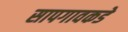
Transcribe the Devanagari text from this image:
सापगावकडे